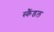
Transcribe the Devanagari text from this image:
स्‍कैंडल